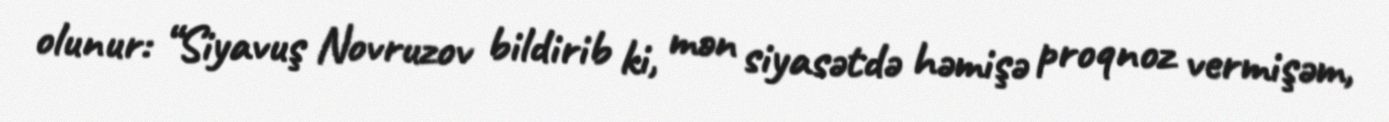
olunur: “Siyavuş Novruzov bildirib ki, mən siyasətdə həmişə proqnoz vermişəm,